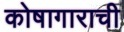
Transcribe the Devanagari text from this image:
कोषागाराची